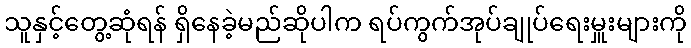
သူနှင့်တွေ့ဆုံရန် ရှိနေခဲ့မည်ဆိုပါက ရပ်ကွက်အုပ်ချုပ်ရေးမှူးများကို